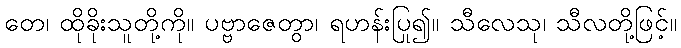
တေ၊ ထိုခိုးသူတို့ကို။ ပဗ္ဗာဇေတွာ၊ ရဟန်းပြု၍။ သီလေသု၊ သီလတို့ဖြင့်။